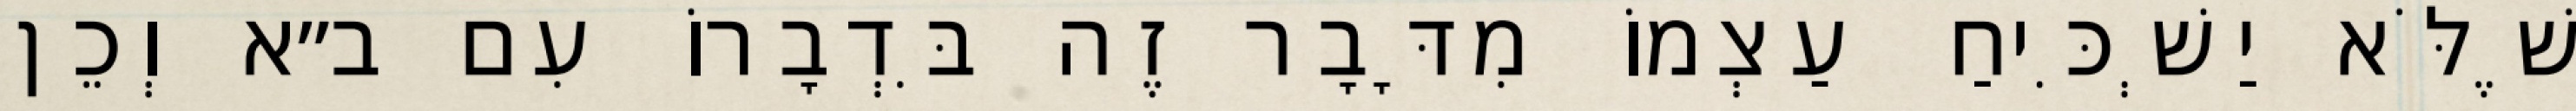
שֶׁלֹּא יַשְׁכִּיחַ עַצְמוֹ מִדָּבָר זֶה בִּדְבָרוֹ עִם ב״א וְכֵן